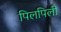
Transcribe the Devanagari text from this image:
पिलपिली